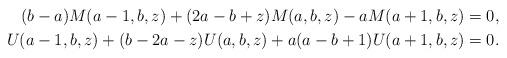
LaTeX: \begin{align*}(b-a)M(a-1,b,z)+(2a-b+z)M(a,b,z)-aM(a+1,b,z) =&\; 0,\\ U(a-1,b,z)+(b-2a-z)U(a,b,z)+a(a-b+1)U(a+1,b,z) =&\; 0.\end{align*}